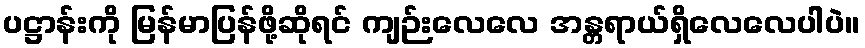
ပဋ္ဌာန်းကို မြန်မာပြန်ဖို့ဆိုရင် ကျဉ်းလေလေ အန္တရာယ်ရှိလေလေပါပဲ။